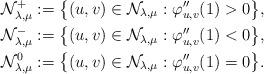
LaTeX: \begin{align*}& \mathcal{N}_{\lambda,\mu}^+:=\big\{ (u,v)\in \mathcal{N}_{\lambda,\mu} : \varphi_{u,v}''(1) >0\big\}, \\& \mathcal{N}_{\lambda,\mu}^-:=\big\{ (u,v)\in \mathcal{N}_{\lambda,\mu} : \varphi_{u,v}''(1) <0\big\}, \\&\mathcal{N}_{\lambda,\mu}^0:=\big\{ (u,v)\in \mathcal{N}_{\lambda,\mu} : \varphi_{u,v}''(1) =0\big\}.\end{align*}